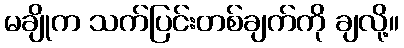
မချိုက သက်ပြင်းတစ်ချက်ကို ချလို့။